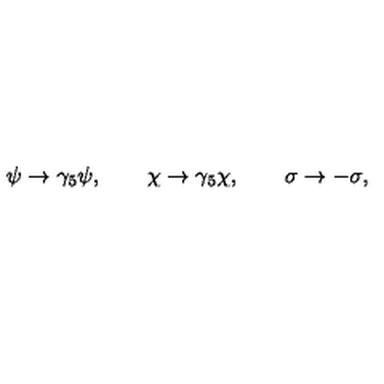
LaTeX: \psi \rightarrow \gamma _ { 5 } \psi , \qquad \chi \rightarrow \gamma _ { 5 } \chi , \qquad \sigma \rightarrow - \sigma ,